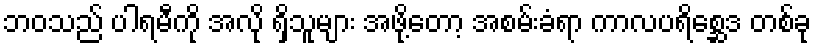
ဘဝသည် ပါရမီကို အလို ရှိသူများ အဖို့တော့ အစမ်းခံရာ ကာလပရိစ္ဆေဒ တစ်ခု